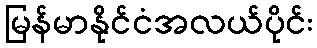
မြန်မာနိုင်ငံအလယ်ပိုင်း